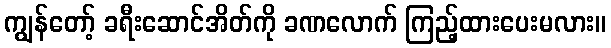
ကျွန်တော့် ခရီးဆောင်အိတ်ကို ခဏလောက် ကြည့်ထားပေးမလား။